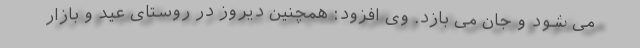
می شود و جان می بازد. وی افزود: همچنین دیروز در روستای عید و بازار